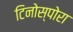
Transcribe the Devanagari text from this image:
टिनोस्पोरा